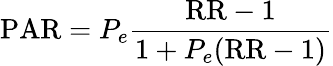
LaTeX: {\mathrm{PAR}}=P_{e}{\frac{{\mathrm{RR}}-1}{1+P_{e}({\mathrm{RR}}-1)}}